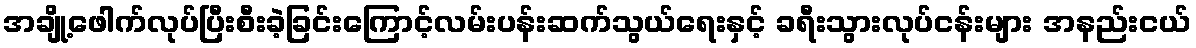
အချို့ဖေါက်လုပ်ပြီးစီးခဲ့ခြင်းကြောင့်လမ်းပန်းဆက်သွယ်ရေးနှင့် ခရီးသွားလုပ်ငန်းများ အနည်းငယ်